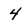
Character: 4